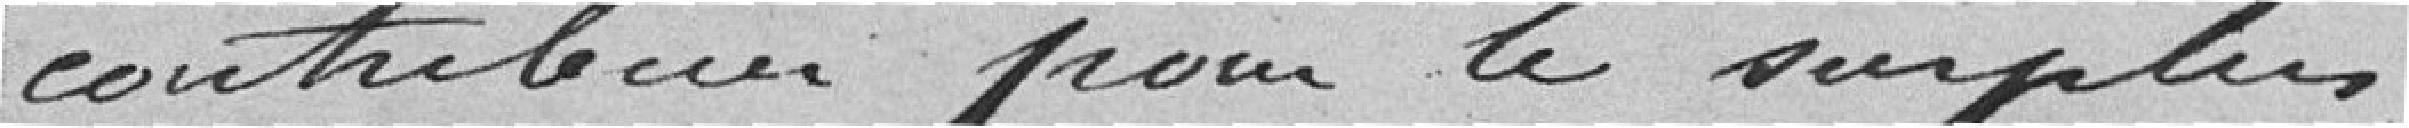
contribuer pour le surplus.